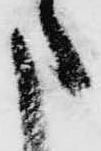
申